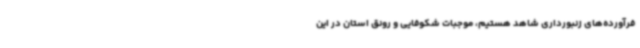
فرآورده‌های زنبورداری شاهد هستیم، موجبات شکوفایی و رونق استان در این